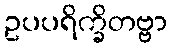
ဥပပရိက္ခိတဗ္ဗာ